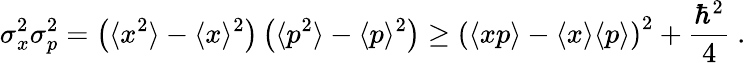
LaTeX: \sigma_{x}^{2}\sigma_{p}^{2}=\left(\langle x^{2}\rangle-\langle x\rangle^{2}\right)\left(\langle p^{2}\rangle-\langle p\rangle^{2}\right)\geq\left(\langle xp\rangle-\langle x\rangle\langle p\rangle\right)^{2}+{\frac{\hbar^{2}}{4}}~.